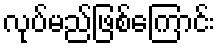
လုပ်မည်ဖြစ်ကြောင်း